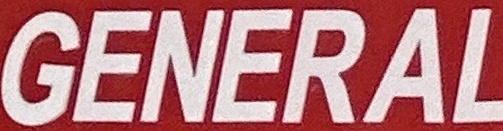
GENERAL